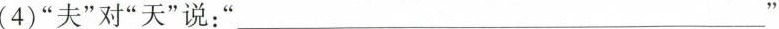
(4) ”夫”对”天”说：” ___"